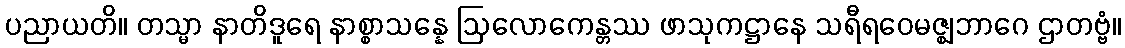
ပညာယတိ။ တသ္မာ နာတိဒူရေ နာစ္စာသန္နေ ဩလောကေန္တဿ ဖာသုကဋ္ဌာနေ သရီရဝေမဇ္ဈဘာဂေ ဌာတဗ္ဗံ။